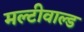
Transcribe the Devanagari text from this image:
मल्टीवाल्ड